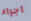
اجراء